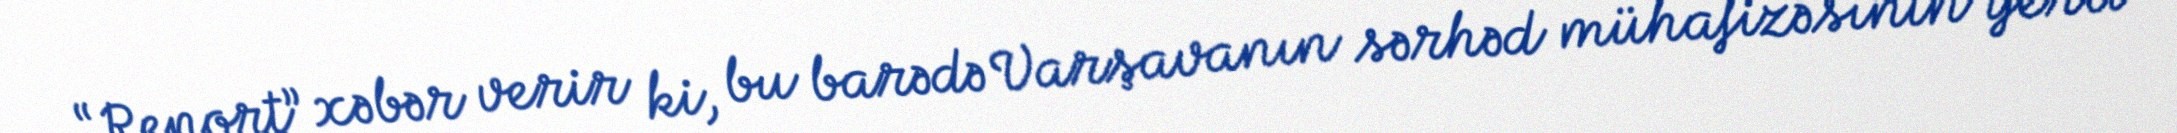
“Report” xəbər verir ki, bu barədə Varşavanın sərhəd mühafizəsinin yerli